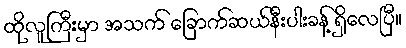
ထိုလူကြီးမှာ အသက် ခြောက်ဆယ်နီးပါးခန့် ရှိလေပြီ။